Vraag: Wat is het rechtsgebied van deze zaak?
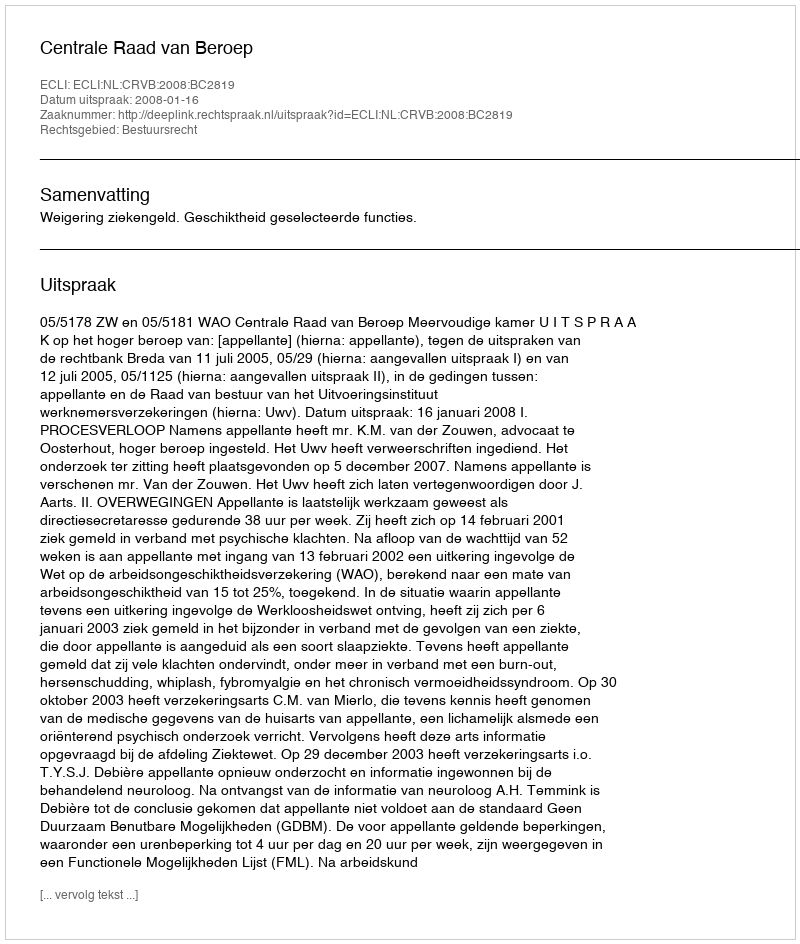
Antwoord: Bestuursrecht